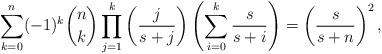
LaTeX: \begin{align*} \sum_{k=0}^{n}(-1)^{k}\binom{n}{k}\prod_{j=1}^{k}\left(\frac{j}{s+j}\right)\left(\sum_{i=0}^{k}\frac{s}{s+i}\right)=\left(\frac{s}{s+n}\right)^{2},\end{align*}